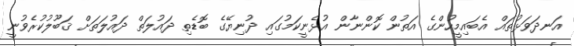
އަނދަވަޅުތައް އެބައިމީހުންގެ އަތުން ކޮންނާން އުޅެނީކަމުގައި ދުނިޔޭގެ ބޮޑެތި ދައުލަތް ދައުލަތަށް ޤަބޫލުކުރެވުނީ